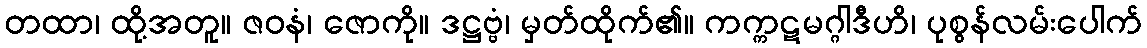
တထာ၊ ထို့အတူ။ ဇဝနံ၊ ဇောကို။ ဒဋ္ဌဗ္ဗံ၊ မှတ်ထိုက်၏။ ကက္ကဋမဂ္ဂါဒီဟိ၊ ပုစွန်လမ်းပေါက်